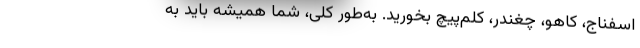
اسفناج، کاهو، چغندر، کلم‌پیچ بخورید. به‌طور کلی، شما همیشه باید به